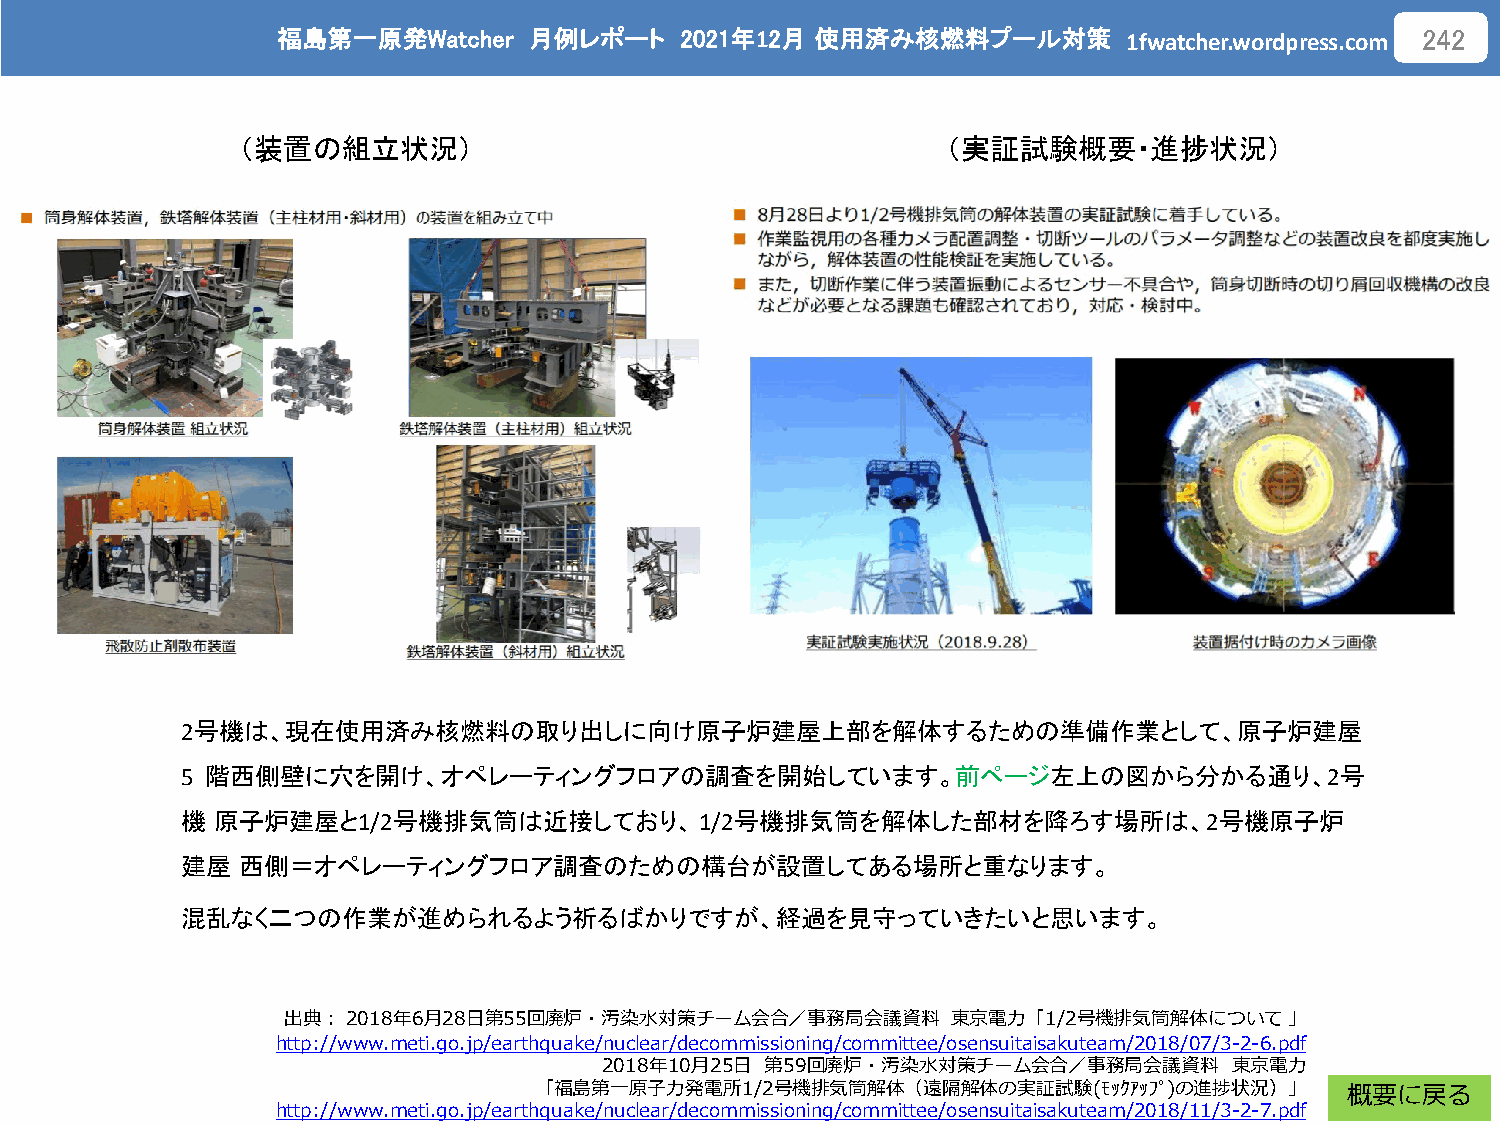
福島第一原発Watcher    月例レポート    2021年12月 使用済み核燃料プール対策
 1fwatcher.wordpress.com
 242
 （装置の組立状況）                                      （実証試験概要・進捗状況）
 2号機は、現在使用済み核燃料の取り出しに向け原子炉建屋上部を解体するための準備作業として、原子炉建屋
 5 階西側壁に穴を開け、オペレーティングフロアの調査を開始しています。前ページ左上の図から分かる通り、2号
 機 原子炉建屋と1/2号機排気筒は近接しており、1/2号機排気筒を解体した部材を降ろす場所は、2号機原子炉
 建屋  西側＝オペレーティングフロア調査のための構台が設置してある場所と重なります。
 混乱なく二つの作業が進められるよう祈るばかりですが、経過を見守っていきたいと思います。
 出典：2018年6月28日第55回廃炉・汚染水対策チーム会合／事務局会議資料      東京電力「1/2号機排気筒解体について」
 http://www.meti.go.jp/earthquake/nuclear/decommissioning/committee/osensuitaisakuteam/2018/07/3-2-6.pdf
 2018年10月25日 第59回廃炉・汚染水対策チーム会合／事務局会議資料     東京電力
 「福島第一原子力発電所1/2号機排気筒解体（遠隔解体の実証試験(ﾓｯｸｱｯﾌﾟ)の進捗状況）」       概要に戻る
 http://www.meti.go.jp/earthquake/nuclear/decommissioning/committee/osensuitaisakuteam/2018/11/3-2-7.pdf